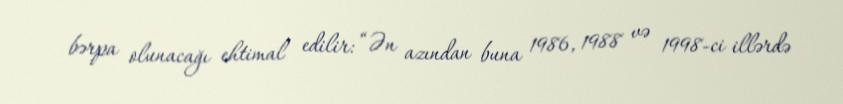
bərpa olunacağı ehtimal edilir: “Ən azından buna 1986, 1988 və 1998-ci illərdə